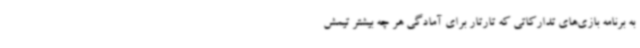
به برنامه بازی‌های تدارکاتی که تارتار برای آمادگی هر چه بیشتر تیمش